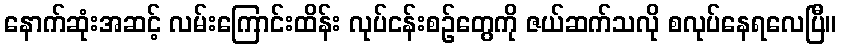
နောက်ဆုံးအဆင့် လမ်းကြောင်းထိန်း လုပ်ငန်းစဉ်တွေကို ဇယ်ဆက်သလို စလုပ်နေရလေပြီ။